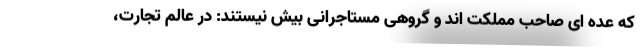
که عده ای صاحب مملکت اند و گروهی مستاجرانی بیش نیستند: در عالم تجارت،